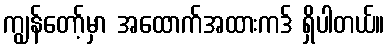
ကျွန်တော့်မှာ အထောက်အထားကဒ် ရှိပါတယ်။